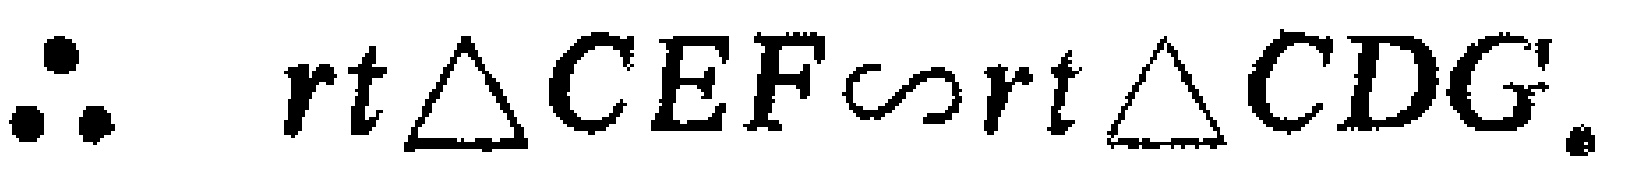
$\therefore\ rt\triangle CEF\sim rt\triangle CDG.$